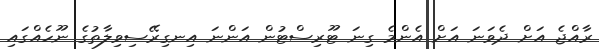
ރާއްޖެ އަށް ދެވަނަ އަށް އެންމެ ގިނަ ޓޫރިސްޓުން އަންނަ އިނގިރޭސިވިލާތުގެ ނޫހެއްގައި